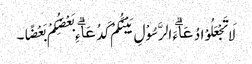
لَا تَجْعَلُوْا دُعَاۗءَ الرَّسُوْلِ بَیْنَکُمْ کَدُعَاۗءِ بَعْضِکُمْ بَعْضًا۔